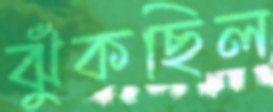
ঝুঁকছিল